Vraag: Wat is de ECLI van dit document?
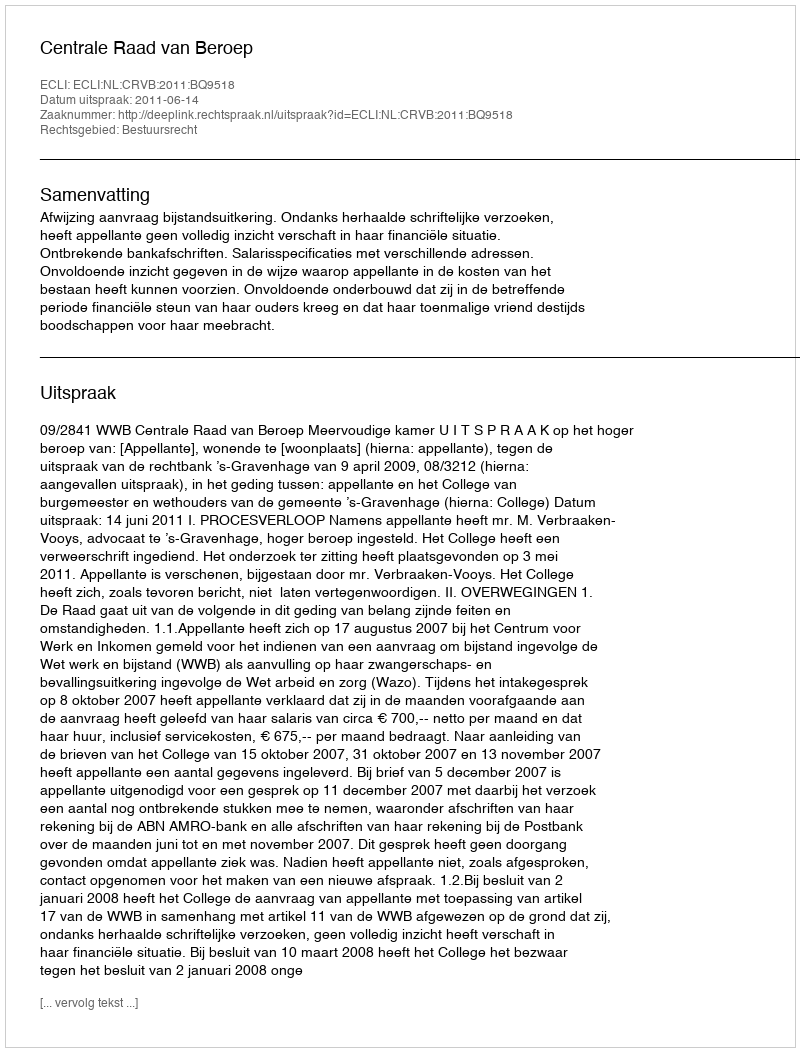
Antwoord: ECLI:NL:CRVB:2011:BQ9518